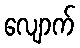
လျောက်